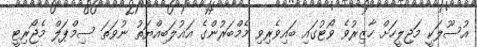
އުސޫލަކީ މަޖިލީހަށް ހާޒިރުވެ ވޯޓުގައި ބައިވެރިވި މެމްބަރުންގެ އަޣުލަބިއްޔަތު ނުވަތަ ސިމްޕަލް މެޖޯރިޓީ